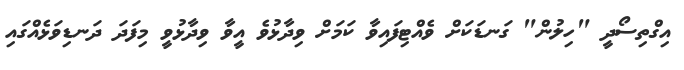
އިގްތިސޯދީ "ހިލުން" ގަނޑަކަށް ވެއްޓިފައިވާ ކަމަށް ވިދާޅުވެ އީވާ ވިދާޅުވީ މިފަދަ ދަނޑިވަޅެއްގައި